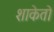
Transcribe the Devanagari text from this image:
शाकेतो